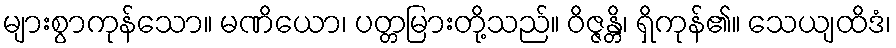
များစွာကုန်သော။ မဏိယော၊ ပတ္တမြားတို့သည်။ ဝိဇ္ဇန္တိ၊ ရှိကုန်၏။ သေယျထိဒံ၊